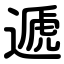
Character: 遞